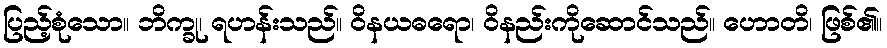
ပြည့်စုံသော။ ဘိက္ခု၊ ရဟန်းသည်။ ဝိနယဓရော၊ ဝိနည်းကိုဆောင်သည်။ ဟောတိ၊ ဖြစ်၏။